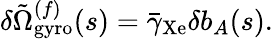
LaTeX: \delta\tilde{\Omega}_{\mathrm{gyro}}^{(f)}(s)=\bar{\gamma}_{\mathrm{Xe}}\delta b_{A}(s).